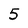
Character: 5